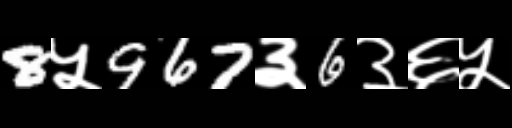
Text: 8५967३6३६५